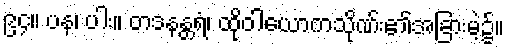
၉၄။ ပန၊ ပါး။ တဒနန္တရံ၊ ထိုဝါယောကသိုဏ်း၏အခြားမဲ့၌။